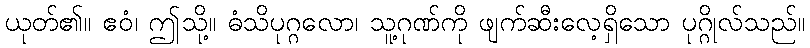
ယုတ်၏။ ဧဝံ၊ ဤသို့။ ဓံသိပုဂ္ဂလော၊ သူ့ဂုဏ်ကို ဖျက်ဆီးလေ့ရှိသော ပုဂ္ဂိုလ်သည်။